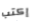
إكتب